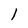
Character: 1